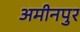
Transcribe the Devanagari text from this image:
अमीनपुर